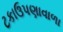
ટકાઉપણાવાળા